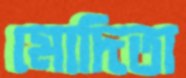
মোদিতা